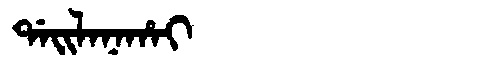
Manchu: ᡩᠠᡳᠯᠠᠨᠠᡥᠠᡳ
Romanization: DAILANAHAI